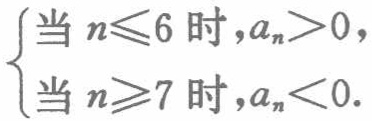
$\begin{cases}

当\ n\leqslant6\ 时,a_{n}>0,\\

当\ n\geqslant7\ 时,a_{n}<0.

\end{cases}$